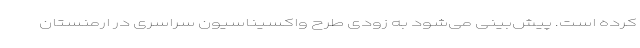
کرده است. پیش‌بینی می‌شود به زودی طرح واکسیناسیون سراسری در ارمنستان